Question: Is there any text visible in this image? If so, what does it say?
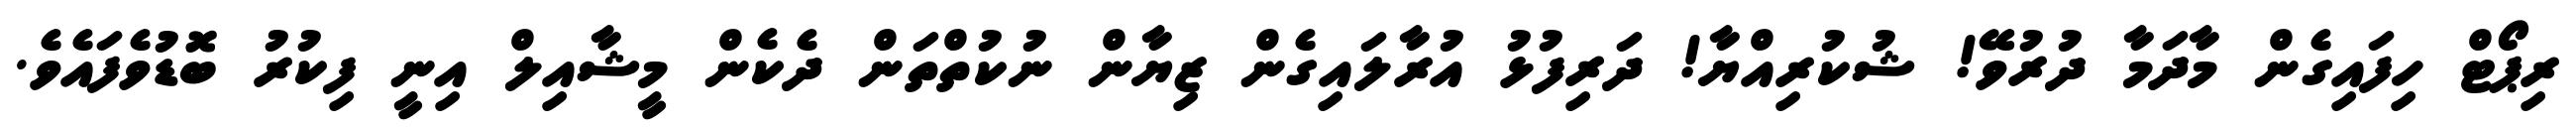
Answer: ރިޕޯޓް ހިފައިގެން މާދަމާ ދުރުވޭ! ޝުކުރިއްޔާ! ދަރިފުޅު އުރާލައިގެން ޒިޔާން ނުކުތްތަން ދެކެން މީޝާއިލް އިނީ ފިކުރު ބޮޑުވެފައެވެ.